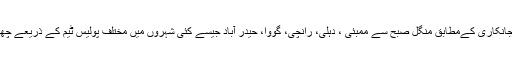
دی وائر کو ملی جانکاری کےمطابق منگل صبح سے ممبئی ، دہلی، رانچی، گووا، حیدر آباد جیسے کئی شہروں میں مختلف پولیس ٹیم کے ذریعے چھاپے مارے گئے۔